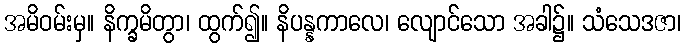
အမိဝမ်းမှ။ နိက္ခမိတွာ၊ ထွက်၍။ နိပန္နကာလေ၊ လျောင်သော အခါ၌။ သံသေဒဇာ၊